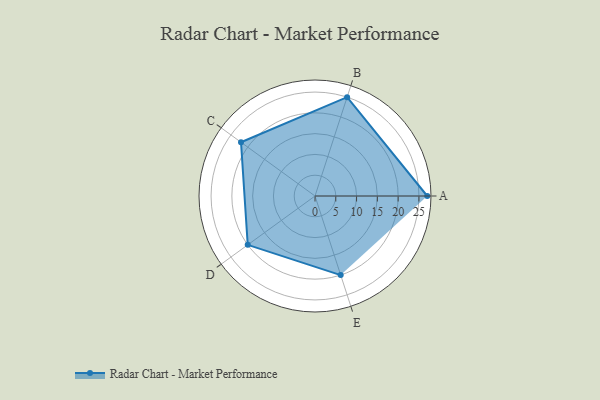
{"axis": {"x": "Skill", "y": "Score"}, "legend": ["Profile"], "data": [{"x": "A", "y": 27.0, "type": "Profile"}, {"x": "B", "y": 25.0, "type": "Profile"}, {"x": "C", "y": 22.0, "type": "Profile"}, {"x": "D", "y": 20, "type": "Profile"}, {"x": "E", "y": 20, "type": "Profile"}]}